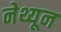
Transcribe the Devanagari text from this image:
नेथ्यून